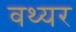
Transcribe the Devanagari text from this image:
वथ्यर